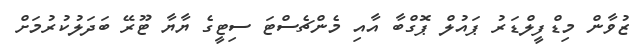
ޒުވާން މިޑްފީލްޑަރު ޕައުލް ޕޮގްބާ އާއި މެންޗެސްޓަ ސިޓީގެ ޔާޔާ ޓޫރޭ ބަދަލުކުރުމަށް